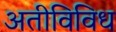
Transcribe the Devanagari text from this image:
अतीविविध